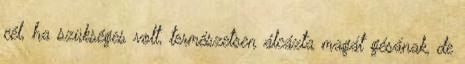
cél, ha szükséges volt, természetsen álcázta magát gésának, de